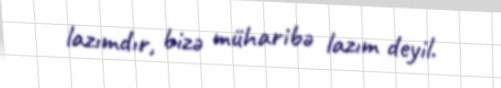
lazımdır, bizə müharibə lazım deyil.